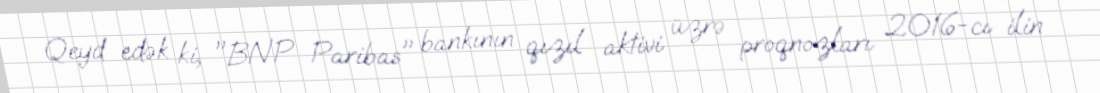
Qeyd edək ki, "BNP Paribas" bankının qızıl aktivi üzrə proqnozları 2016-cı ilin